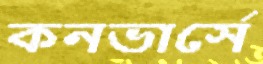
কনভার্সে